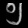
Digit: ၅